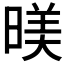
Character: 𣈸